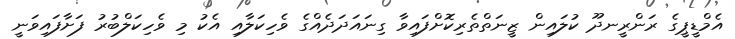
އެމްޑީޕީގެ ރަންރީނދޫ ކުލައިން ޒީނަތްތެރިކޮށްފައިވާ ގިނައަދަދެއްގެ ވެހިކަލާއި އެކު މި ވެހިކަލްބުރު ފަށާފައިވަނީ